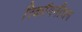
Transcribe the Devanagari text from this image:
रिकॉगनीशन